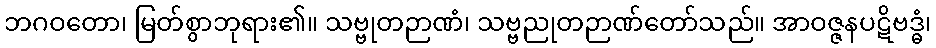
ဘဂဝတော၊ မြတ်စွာဘုရား၏။ သဗ္ဗုတဉာဏံ၊ သဗ္ဗညုတဉာဏ်တော်သည်။ အာဝဇ္ဇနပဋိဗဒ္ဓံ၊